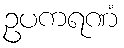
ဥပကရဏံ